Report on the lunatic asylums under the Government of Bombay - 1904-1913
Year: 1904
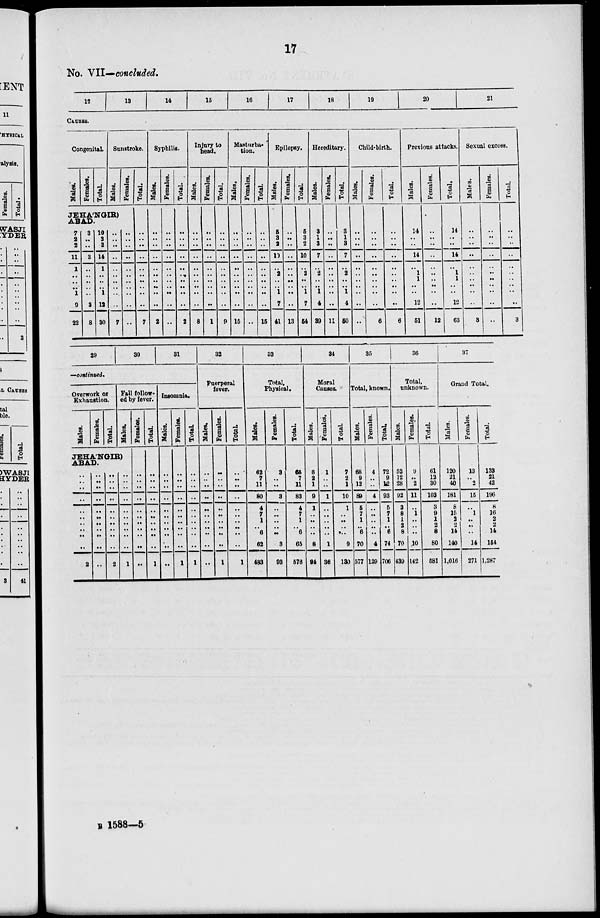
17
No. VII—concluded.
12
13
14
15
16
17
18
19
20
21
CAUSES.
Congenital.
Males.
Females.
Total.
Sunstroke.
Males.
Females.
JEHA'NGIR)
ABAD.
7
2
2
11
1
..
..
..
1
9
22
3
..
..
3
..
..
..
..
..
3
8
10
2
2
14
1
..
..
..
1
12
30
..
..
..
..
..
..
..
..
..
..
7
..
..
..
..
..
..
..
..
..
..
..
Total.
..
..
..
..
..
..
..
..
..
..
7
Syphilis.
Males.
..
..
..
..
..
..
..
..
..
..
2
Females.
..
..
..
..
..
..
..
..
..
..
..
Total.
..
..
..
..
..
..
..
..
..
..
2
Injury to
head.
Males.
..
..
..
..
..
..
..
..
..
..
8
Females.
..
..
..
..
..
..
..
..
..
..
1
Total.
..
..
..
..
..
..
..
..
..
..
9
Masturba-
tion.
Males.
..
..
..
..
..
..
..
..
..
..
15
Females.
..
..
..
..
..
..
..
..
..
..
..
Total.
..
..
..
..
..
..
..
..
..
..
15
Epilepsy.
Males.
5
3
2
10
..
2
..
..
1
7
41
Females.
..
..
..
..
..
..
..
..
..
..
13
Total
5
3
2
10
..
2
..
..
1
7
54
Hereditary.
Males.
3
1
3
7
..
2
..
..
1
4
39
Females.
..
..
..
..
..
..
..
..
..
..
11
Total.
3
1
3
7
..
2
..
..
1
4
50
Child-birth.
Males.
..
..
..
..
..
..
..
..
..
..
..
Females.
..
..
..
..
..
..
..
..
..
..
6
Total.
..
..
..
..
..
..
..
..
..
..
6
Previous attacks.
Males.
14
..
..
14
..
1
1
..
..
12
51
Females.
..
..
..
..
..
..
..
..
..
..
12
Total.
14
..
..
14
..
1
1
..
..
12
63
Sexual excess.
Males.
..
..
..
..
..
..
..
..
..
..
3
Females.
..
..
..
..
..
..
..
..
..
..
..
Total.
..
..
..
..
..
..
..
..
..
..
3
29
30
31
—continued.
Overwork or
Exhaustion.
Males.
Females.
Total.
Fall follow-
ed by fever.
Males.
JEHA'NGIR)
ABAD.
..
..
..
..
..
..
..
..
..
..
2
..
..
..
..
..
..
..
..
..
..
..
..
..
..
..
..
..
..
..
..
..
2
..
..
..
..
..
..
..
..
..
..
1
Females.
..
..
..
..
..
..
..
..
..
..
..
Total.
..
..
..
..
..
..
..
..
..
..
1
Insomnia.
Males.
..
..
..
..
..
..
..
..
..
..
..
Females.
..
..
..
..
..
..
..
..
..
..
1
Total.
..
..
..
..
..
..
..
..
..
..
1
32
Puerperal
fever.
Males.
..
..
..
..
..
..
..
..
..
..
..
Females.
..
..
..
..
..
..
..
..
..
..
1
Total.
..
..
..
..
..
..
..
..
..
..
1
33
Total,
Physical.
Males.
62
7
11
80
4
7
1
..
6
62
483
Females.
3
..
..
3
..
..
..
..
..
3
93
Total.
65
7
11
83
4
7
1
..
6
65
576
34
Moral
Causes.
Males.
6
2
1
9
1
..
..
..
..
8
94
Females.
1
..
..
1
..
..
..
..
..
1
36
Total.
7
2
1
10
1
..
..
..
..
9
130
35
Total, known.
Males.
68
9
12
89
5
7
1
..
6
70
577
Females.
4
..
..
4
..
..
..
..
..
4
129
Total.
72
9
12
93
5
7
1
..
6
74
706
36
Total,
unknown.
Males.
52
12
28
92
3
8
1
2
8
70
439
Females.
9
..
2
11
..
1
..
..
..
10
142
Total.
61
12
30
103
3
9
1
2
8
80
581
37
Grand Total.
Males.
120
21
40
181
8
15
2
2
14
140
1,016
Females.
13
..
2
15
..
1
..
..
..
14
271
Total.
133
21
42
196
8
16
2
2
14
154
1,287
B 1588—5